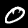
Label: 0